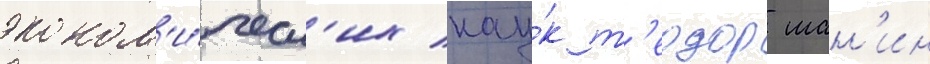
эконом'и́ческ'их нау́к т'еодор шан'ин